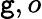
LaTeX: \mathtt{g},o